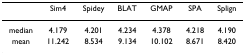
<table><thead><tr><td></td><td><b>Sim4</b></td><td><b>Spidey</b></td><td><b>BLAT</b></td><td><b>GMAP</b></td><td><b>SPA</b></td><td><b>Splign</b></td></tr></thead><tbody><tr><td>median</td><td>4.179</td><td>4.201</td><td>4.234</td><td>4.378</td><td>4.218</td><td>4.190</td></tr><tr><td>mean</td><td>11.242</td><td>8.534</td><td>9.134</td><td>10.102</td><td>8.671</td><td>8.420</td></tr></tbody></table>